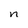
Character: n